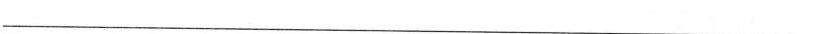
___